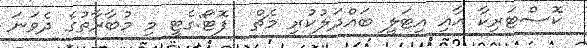
ކޮސްޓަރިކާ އާއި އިޓަލީ ބައްދަލުކުރި މެޗް  ފޮޓޯ:ގެޓީ މި މުބާރާތުގެ ދެވަނަ